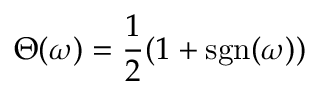
\Theta ( \omega ) = \frac { 1 } { 2 } ( 1 + \operatorname { s g n } ( \omega ) )